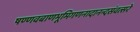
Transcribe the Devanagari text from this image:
षण्णवबाणभूमिगणनादानन्दसंवत्सरे